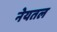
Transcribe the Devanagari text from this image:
नेयतल